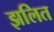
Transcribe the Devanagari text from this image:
झलित